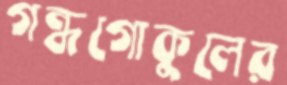
গন্ধগোকুলের